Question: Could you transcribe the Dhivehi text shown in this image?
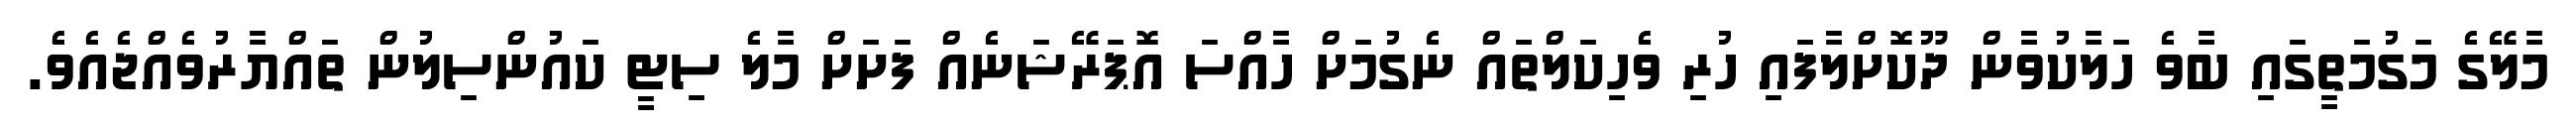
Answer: މާލޭގެ މަގުމަތީގައި ބާވެ ހަލާކުވާން ދޫކޮށްލާފައި ހުރި ވެހިކަލްތައް ނެގުމަށް ހާއްސަ އޮޕަރޭޝަނެއް ފަށަށް މާލެ ސިޓީ ކައުންސިލުން ތައްޔާރުވެއްޖެއެވެ.